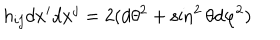
h _ { i j } d x ^ { i } d x ^ { j } = 2 ( d \theta ^ { 2 } + \sin ^ { 2 } \theta d \varphi ^ { 2 } )